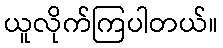
ယူလိုက်ကြပါတယ်။